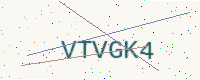
Text: VTVGK4